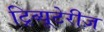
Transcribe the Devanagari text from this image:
ट्रिव्यूटेरीज़